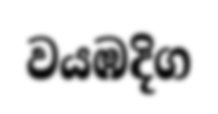
වයඹදිග